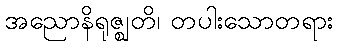
အညောနိရုဇ္ဈတိ၊ တပါးသောတရား